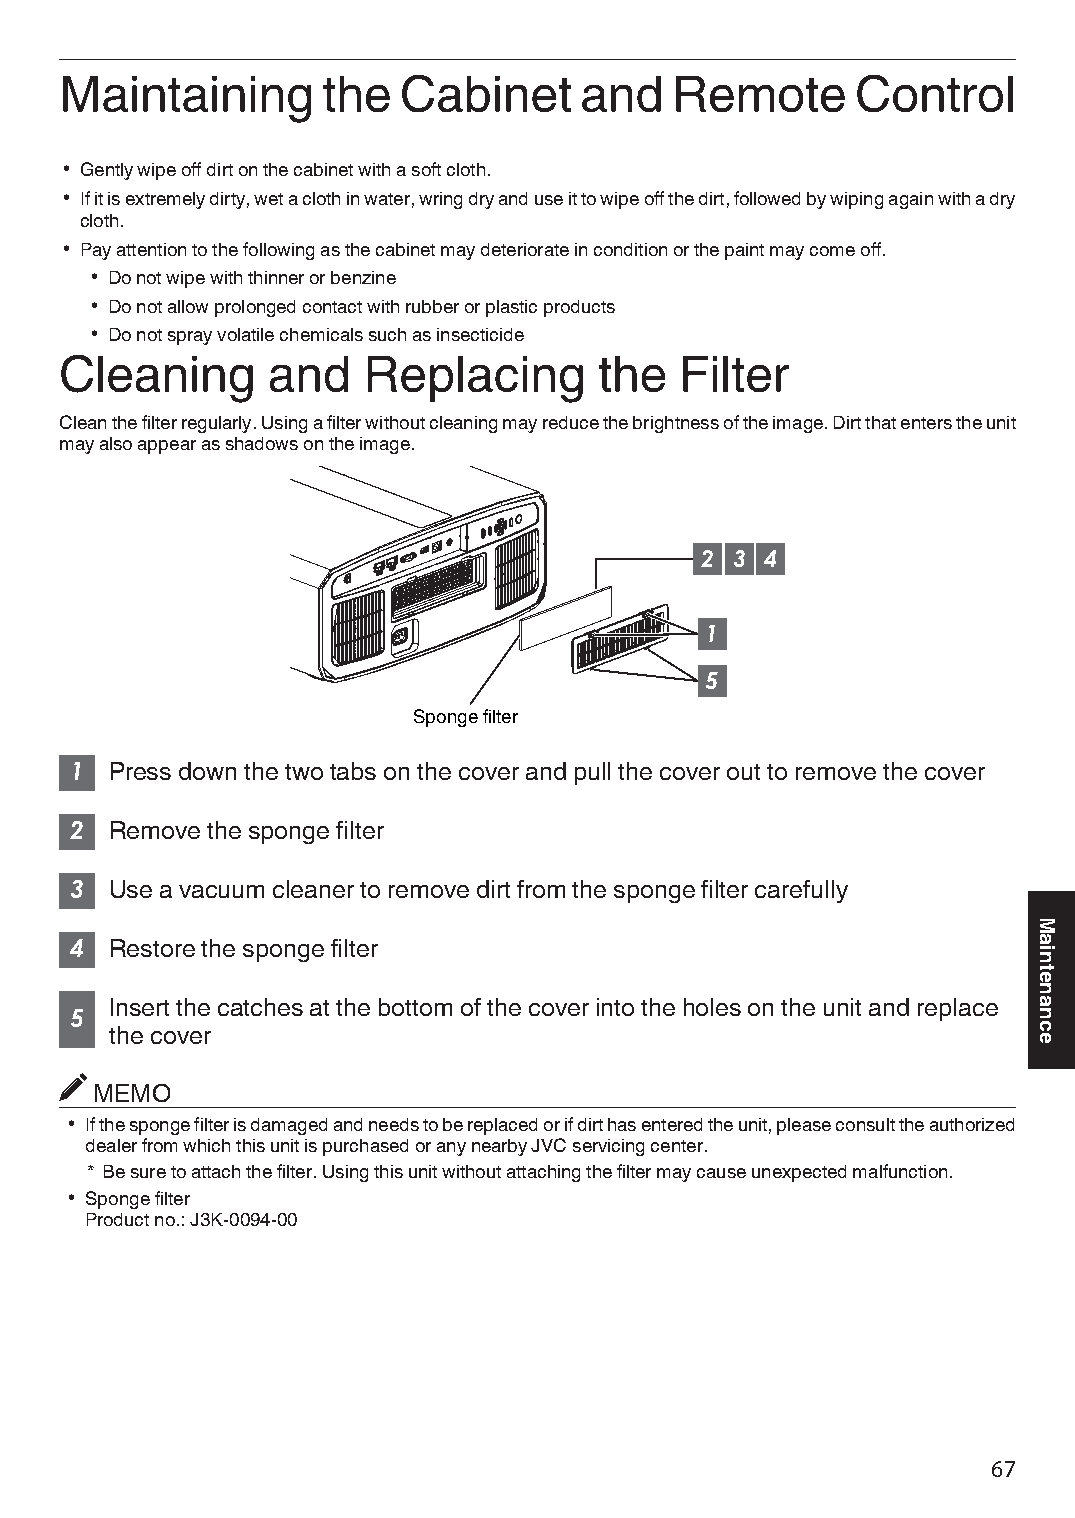
Maintaining      the  Cabinet     and    Remote      Control
 0 Gently wipe off dirt on the cabinet with a soft cloth.
 0 If it is extremely dirty, wet a cloth in water, wring dry and use it to wipe off the dirt, followed by wiping again with a dry
 cloth.
 0 Pay attention to the following as the cabinet may deteriorate in condition or the paint may come off.
 0 Do not wipe with thinner or benzine
 0 Do not allow prolonged contact with rubber or plastic products
 0 Do not spray volatile chemicals such as insecticide
 Cleaning      and   Replacing       the  Filter
 Clean the filter regularly. Using a filter without cleaning may reduce the brightness of the image. Dirt that enters the unit
 may also appear as shadows on the image.
 2 3  4
 1
 5
 Sponge filter
 1 Press down the two tabs on the cover and pull the cover out to remove the cover
 2 Remove the sponge filter
 3 Use a vacuum cleaner to remove dirt from the sponge filter carefully
 4 Restore the sponge filter
 Insert the catches at the bottom of the cover into the holes on the unit and replace
 5
 the cover
 MEMO
 0 If the sponge filter is damaged and needs to be replaced or if dirt has entered the unit, please consult the authorized
 dealer from which this unit is purchased or any nearby JVC servicing center.
 * Be sure to attach the filter. Using this unit without attaching the filter may cause unexpected malfunction.
 0 Sponge filter
 Product no.: J3K-0094-00
 67
 Maintenance